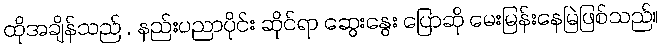
ထိုအချိန်သည် , နည်းပညာပိုင်း ဆိုင်ရာ ဆွေးနွေး ပြောဆို မေးမြန်းနေမြဲဖြစ်သည်။